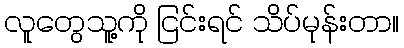
လူတွေသူ့ကို ငြင်းရင် သိပ်မုန်းတာ။